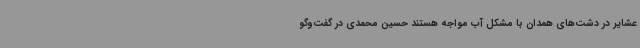
عشایر در دشت‌های همدان با مشکل آب مواجه هستند حسین محمدی در گفت‌وگو